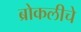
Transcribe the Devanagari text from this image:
ब्रोकलीचे